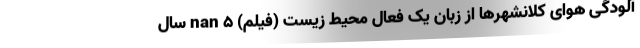
آلودگی هوای کلانشهر‌ها از زبان یک فعال محیط زیست (فیلم) nan ۵ سال